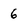
Character: 6